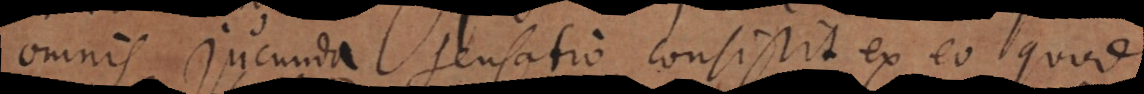
omnis jucunda sensatio consistit ex eo quod